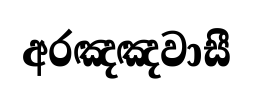
අරඤඤවාසී